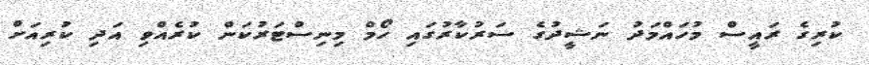
ކުރިގެ ރައީސް މުހައްމަދު ނަޝީދުގެ ސަރުކާރުގައި ހޯމް މިނިސްޓަރުކަން ކުރެއްވި އަދި ކުރިއަށް